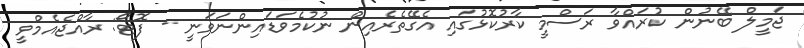
ޖަމީލް ބޭނުން ކުރައްވާ ރަސްމީ ކާރުކޮޅުގައި އެގޭތެރެއިން ނުކުމެވަޑައިންނަވަނީ - ފޮޓޯ: ރާއްޖެއެމްވީ